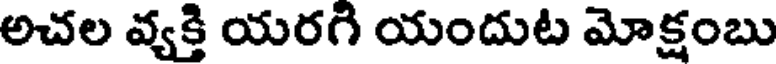
అచల వ్యక్తి యరగి యందుట మోక్షంబు